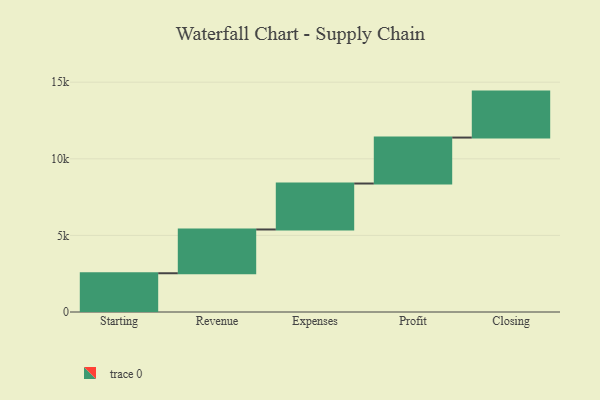
{"axis": {"x": "Step", "y": "Value"}, "legend": [""], "data": [{"x": "Starting", "y": 2529.0, "type": ""}, {"x": "Revenue", "y": 2857.0, "type": ""}, {"x": "Expenses", "y": 3000, "type": ""}, {"x": "Profit", "y": 3000, "type": ""}, {"x": "Closing", "y": 3000, "type": ""}]}